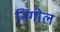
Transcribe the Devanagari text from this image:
निंगोल